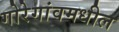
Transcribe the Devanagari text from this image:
गोरेगांवमधील